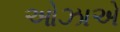
ઓઝાએ